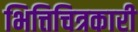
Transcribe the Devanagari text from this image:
भित्तिचित्रकारी